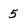
Character: 5